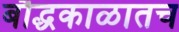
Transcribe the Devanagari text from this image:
बौद्धकाळातच